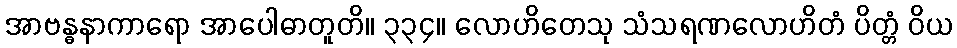
အာဗန္ဓနာကာရော အာပေါဓာတူတိ။ ၃၃၄။ လောဟိတေသု သံသရဏလောဟိတံ ပိတ္တံ ဝိယ